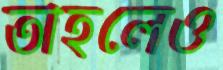
তাহলেও